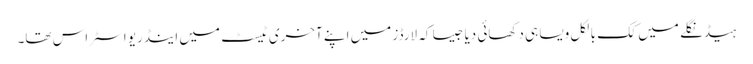
ہیڈنگلے میں کک بالکل ویسا ہی دکھائی دیا جیسا کہ لارڈز میں اپنے آخری ٹیسٹ میں اینڈریو اسٹراس تھا۔